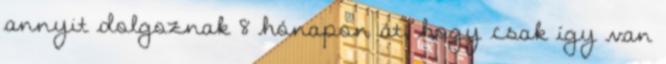
annyit dolgoznak 8 hónapon át, hogy csak így van